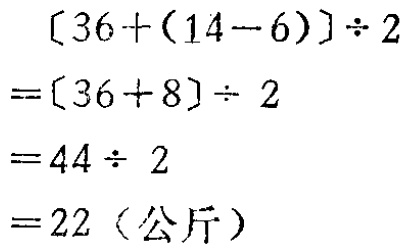
\[
\begin{align*}
[36+(14 - 6)]\div2&=[36 + 8]\div2\\
&=44\div2\\
&=22\ (\text{公斤})
\end{align*}
\]